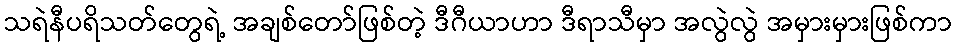
သရဲနီပရိသတ်တွေရဲ့ အချစ်တော်ဖြစ်တဲ့ ဒီဂီယာဟာ ဒီရာသီမှာ အလွဲလွဲ အမှားမှားဖြစ်ကာ